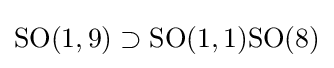
{\text{SO}}(1,9)\supset {\text{SO}}(1,1){\text{SO}}(8)